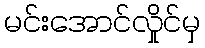
မင်းအောင်လှိုင်မှ